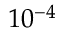
1 0 ^ { - 4 }